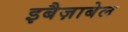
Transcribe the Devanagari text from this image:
इबैज़ाबेल